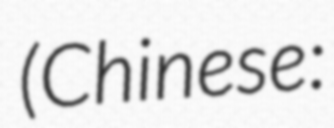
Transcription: (Chinese: